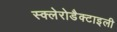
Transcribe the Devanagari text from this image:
स्क्लेरोडैक्टाइली